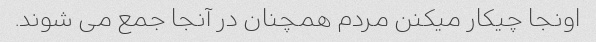
اونجا چیکار میکنن مردم همچنان در آنجا جمع می شوند.